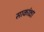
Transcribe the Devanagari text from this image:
साकांक्षा